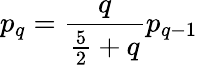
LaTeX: p_{q}=\frac{q}{\frac{5}{2}+q}p_{q-1}